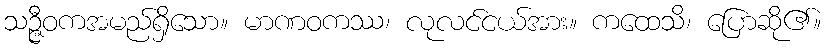
သဉ္ဇီဝကအမည်ရှိသော။ မာဏဝကဿ၊ လုလင်ငယ်အား။ ကထေသိ၊ ပြောဆို၏။